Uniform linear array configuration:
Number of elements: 32
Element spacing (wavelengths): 1
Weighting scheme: kaiser
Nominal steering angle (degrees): -60
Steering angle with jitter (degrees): -60.98
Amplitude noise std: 0.05
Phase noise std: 0.05

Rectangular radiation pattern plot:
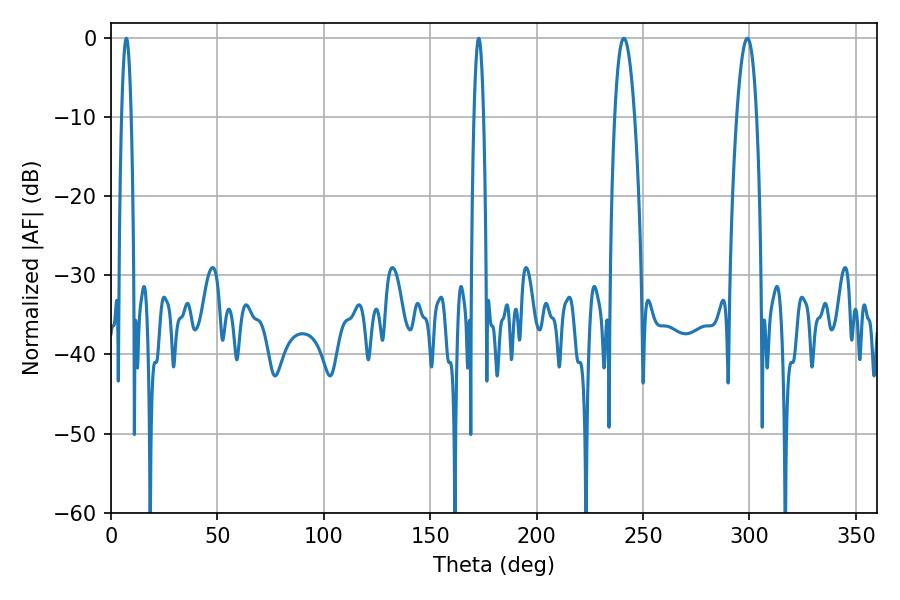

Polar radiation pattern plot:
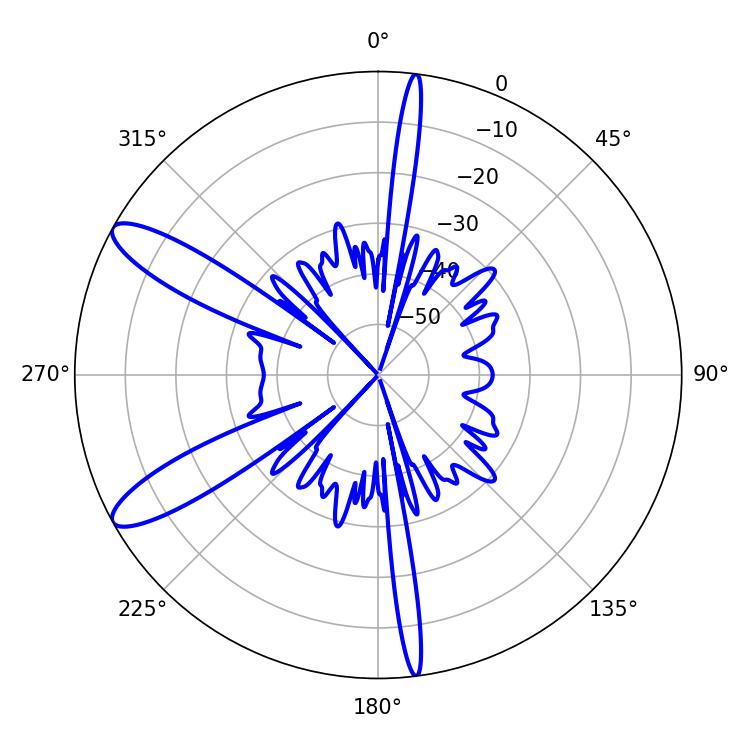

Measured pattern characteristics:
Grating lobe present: TRUE
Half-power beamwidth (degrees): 2.52
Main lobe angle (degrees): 7.2